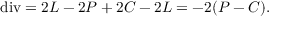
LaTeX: \mathrm { d i v } = 2 L - 2 P + 2 C - 2 L = - 2 ( P - C ) .